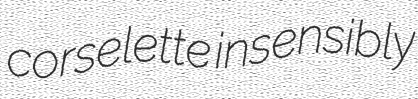
corselette insensibly